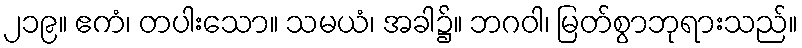
၂၁၉။ ဧကံ၊ တပါးသော။ သမယံ၊ အခါ၌။ ဘဂဝါ၊ မြတ်စွာဘုရားသည်။